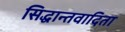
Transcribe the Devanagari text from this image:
सिद्धान्तवादिता